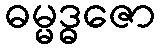
ဓမ္မဒ္ဓဇော